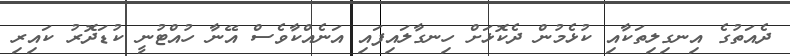
ދެއަތުގެ އިނގިލިތަކާއި ކުޅެމުން ދެކޮޅަށް ހިނގާލައިފައި އަނެއްކާވެސް އޭނާ ހުއްޓުނީ ކުޑަދޮރު ކައިރި